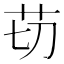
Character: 苆